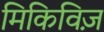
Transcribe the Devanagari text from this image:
मिकिविज़